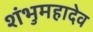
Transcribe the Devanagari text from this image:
शंभुमहादेव